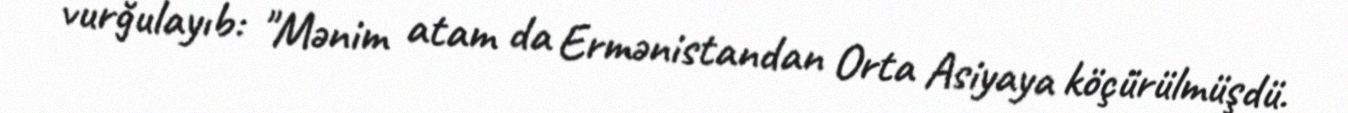
vurğulayıb: "Mənim atam da Ermənistandan Orta Asiyaya köçürülmüşdü.